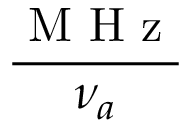
\frac { \textrm { M H z } } { \nu _ { a } }